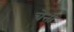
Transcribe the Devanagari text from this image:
चेत्ती